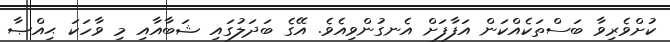
ކުށްވެރިވާ ބަސްތަކެއްކަން އަފާފަށް އެނގުންވިއެވެ. އޭގެ ބަދަލުގައި ޝަބާއާއި މި ވާހަކަ ޙިއްޞާ